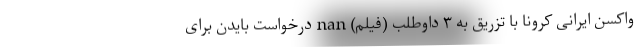
واکسن ایرانی کرونا با تزریق به ۳ داوطلب (فیلم) nan درخواست بایدن برای